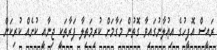
ރައީސް އޮފީހުގެ އިޢުލާނުގައިވާ ގޮތުން މަގާމަށް ކުރިމަތިލާ ފަރާތަކީ ޖިނާއީ ކުށެއް ކުރިކަން